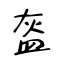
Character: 盔